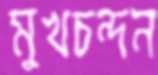
মুখচন্দন